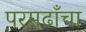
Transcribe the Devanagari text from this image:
परमढाँचा